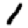
Digit: 1